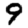
Digit: 9